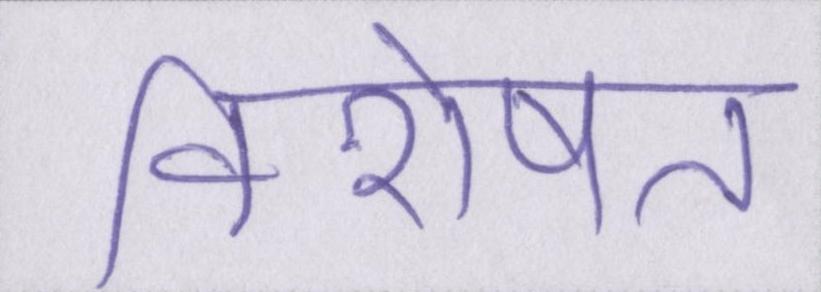
विशेषत